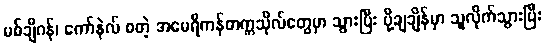
မစ်ချီဂန်၊ ကော်နဲလ် စတဲ့ အမေရိကန်တက္ကသိုလ်တွေမှာ သွားပြီး ပို့ချချိန်မှာ သူလိုက်သွားပြီး